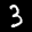
Label: 3